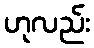
ဟုလည်း